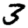
Digit: 3